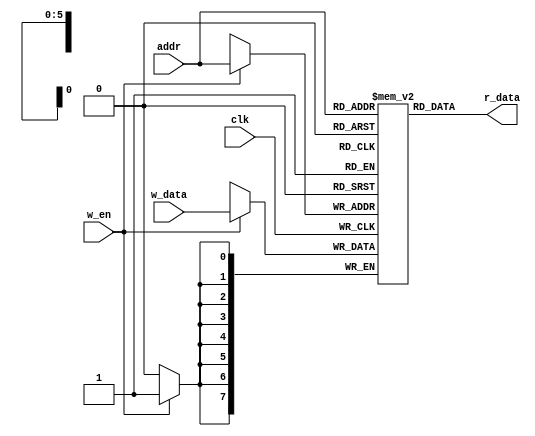
`timescale 1ns / 1ps
//////////////////////////////////////////////////////////////////////////////////
// Company: 
// Engineer: 
// 
// Design Name: 
// Module Name: ram_vocale
// Project Name: 
// Target Devices: 
// Tool Versions: 
// Description: 
// 
// Dependencies: 
// 
// Revision:
// Revision 0.01 - File Created
// Additional Comments:
// 
//////////////////////////////////////////////////////////////////////////////////


module ram_vocale(
    input [5:0] addr,
    input w_en,
    input clk,
    input [7:0] w_data,
    output [7:0] r_data
    );
    reg [7:0] ram_vocale [0:63];
    always@(posedge clk)begin
        if (w_en)
            ram_vocale[addr] <= w_data;
    end
    assign r_data = ram_vocale[addr];
endmodule